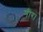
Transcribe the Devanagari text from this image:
नीर।